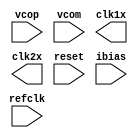
module pllclk (refclk, vcop, vcom, clk1x, clk2x, reset, ibias);
input refclk;
input vcop;
input vcom;
input reset;
input ibias;
output clk1x;
output clk2x;

reg clk1x, clk2x;

initial
begin
  clk1x = 0;
  clk2x = 0;
end

always #5  clk1x = ~clk1x;
always #10 clk2x = ~clk2x;

endmodule